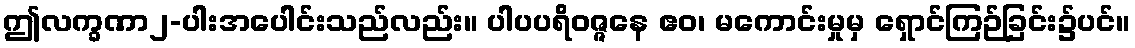
ဤလက္ခဏာ၂-ပါးအပေါင်းသည်လည်း။ ပါပပရိဝဇ္ဇနေ ဧဝ၊ မကောင်းမှုမှ ရှောင်ကြဉ်ခြင်း၌ပင်။